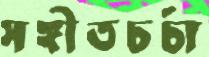
সঙ্গীতচর্চা